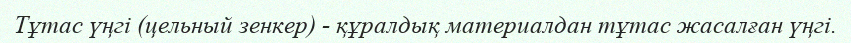
Тұтас үңгі (цельный зенкер) - құралдық материалдан тұтас жасалған үңгі.